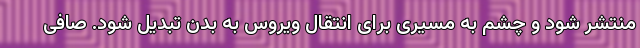
منتشر شود و چشم به مسیری برای انتقال ویروس به بدن تبدیل شود. صافی